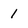
Character: 1